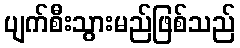
ပျက်စီးသွားမည်ဖြစ်သည်